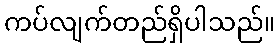
ကပ်လျက်တည်ရှိပါသည်။